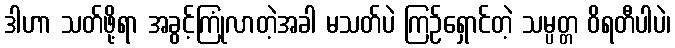
ဒါဟာ သတ်ဖို့ရာ အခွင့်ကြုံလာတဲ့အခါ မသတ်ပဲ ကြဉ်ရှောင်တဲ့ သမ္ပတ္တ ဝိရတီပါပဲ၊